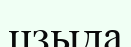
цзыда